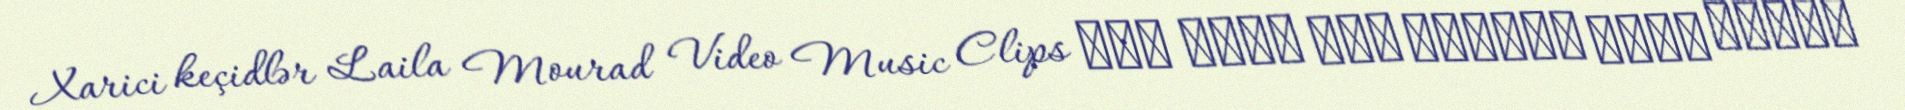
Xarici keçidlər Laila Mourad Video Music Clips زكى فطين عبد الوهاب يكشف أسرار